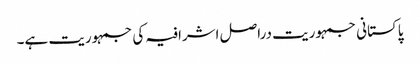
پاکستانی جمہوریت دراصل اشرافیہ کی جمہوریت ہے۔